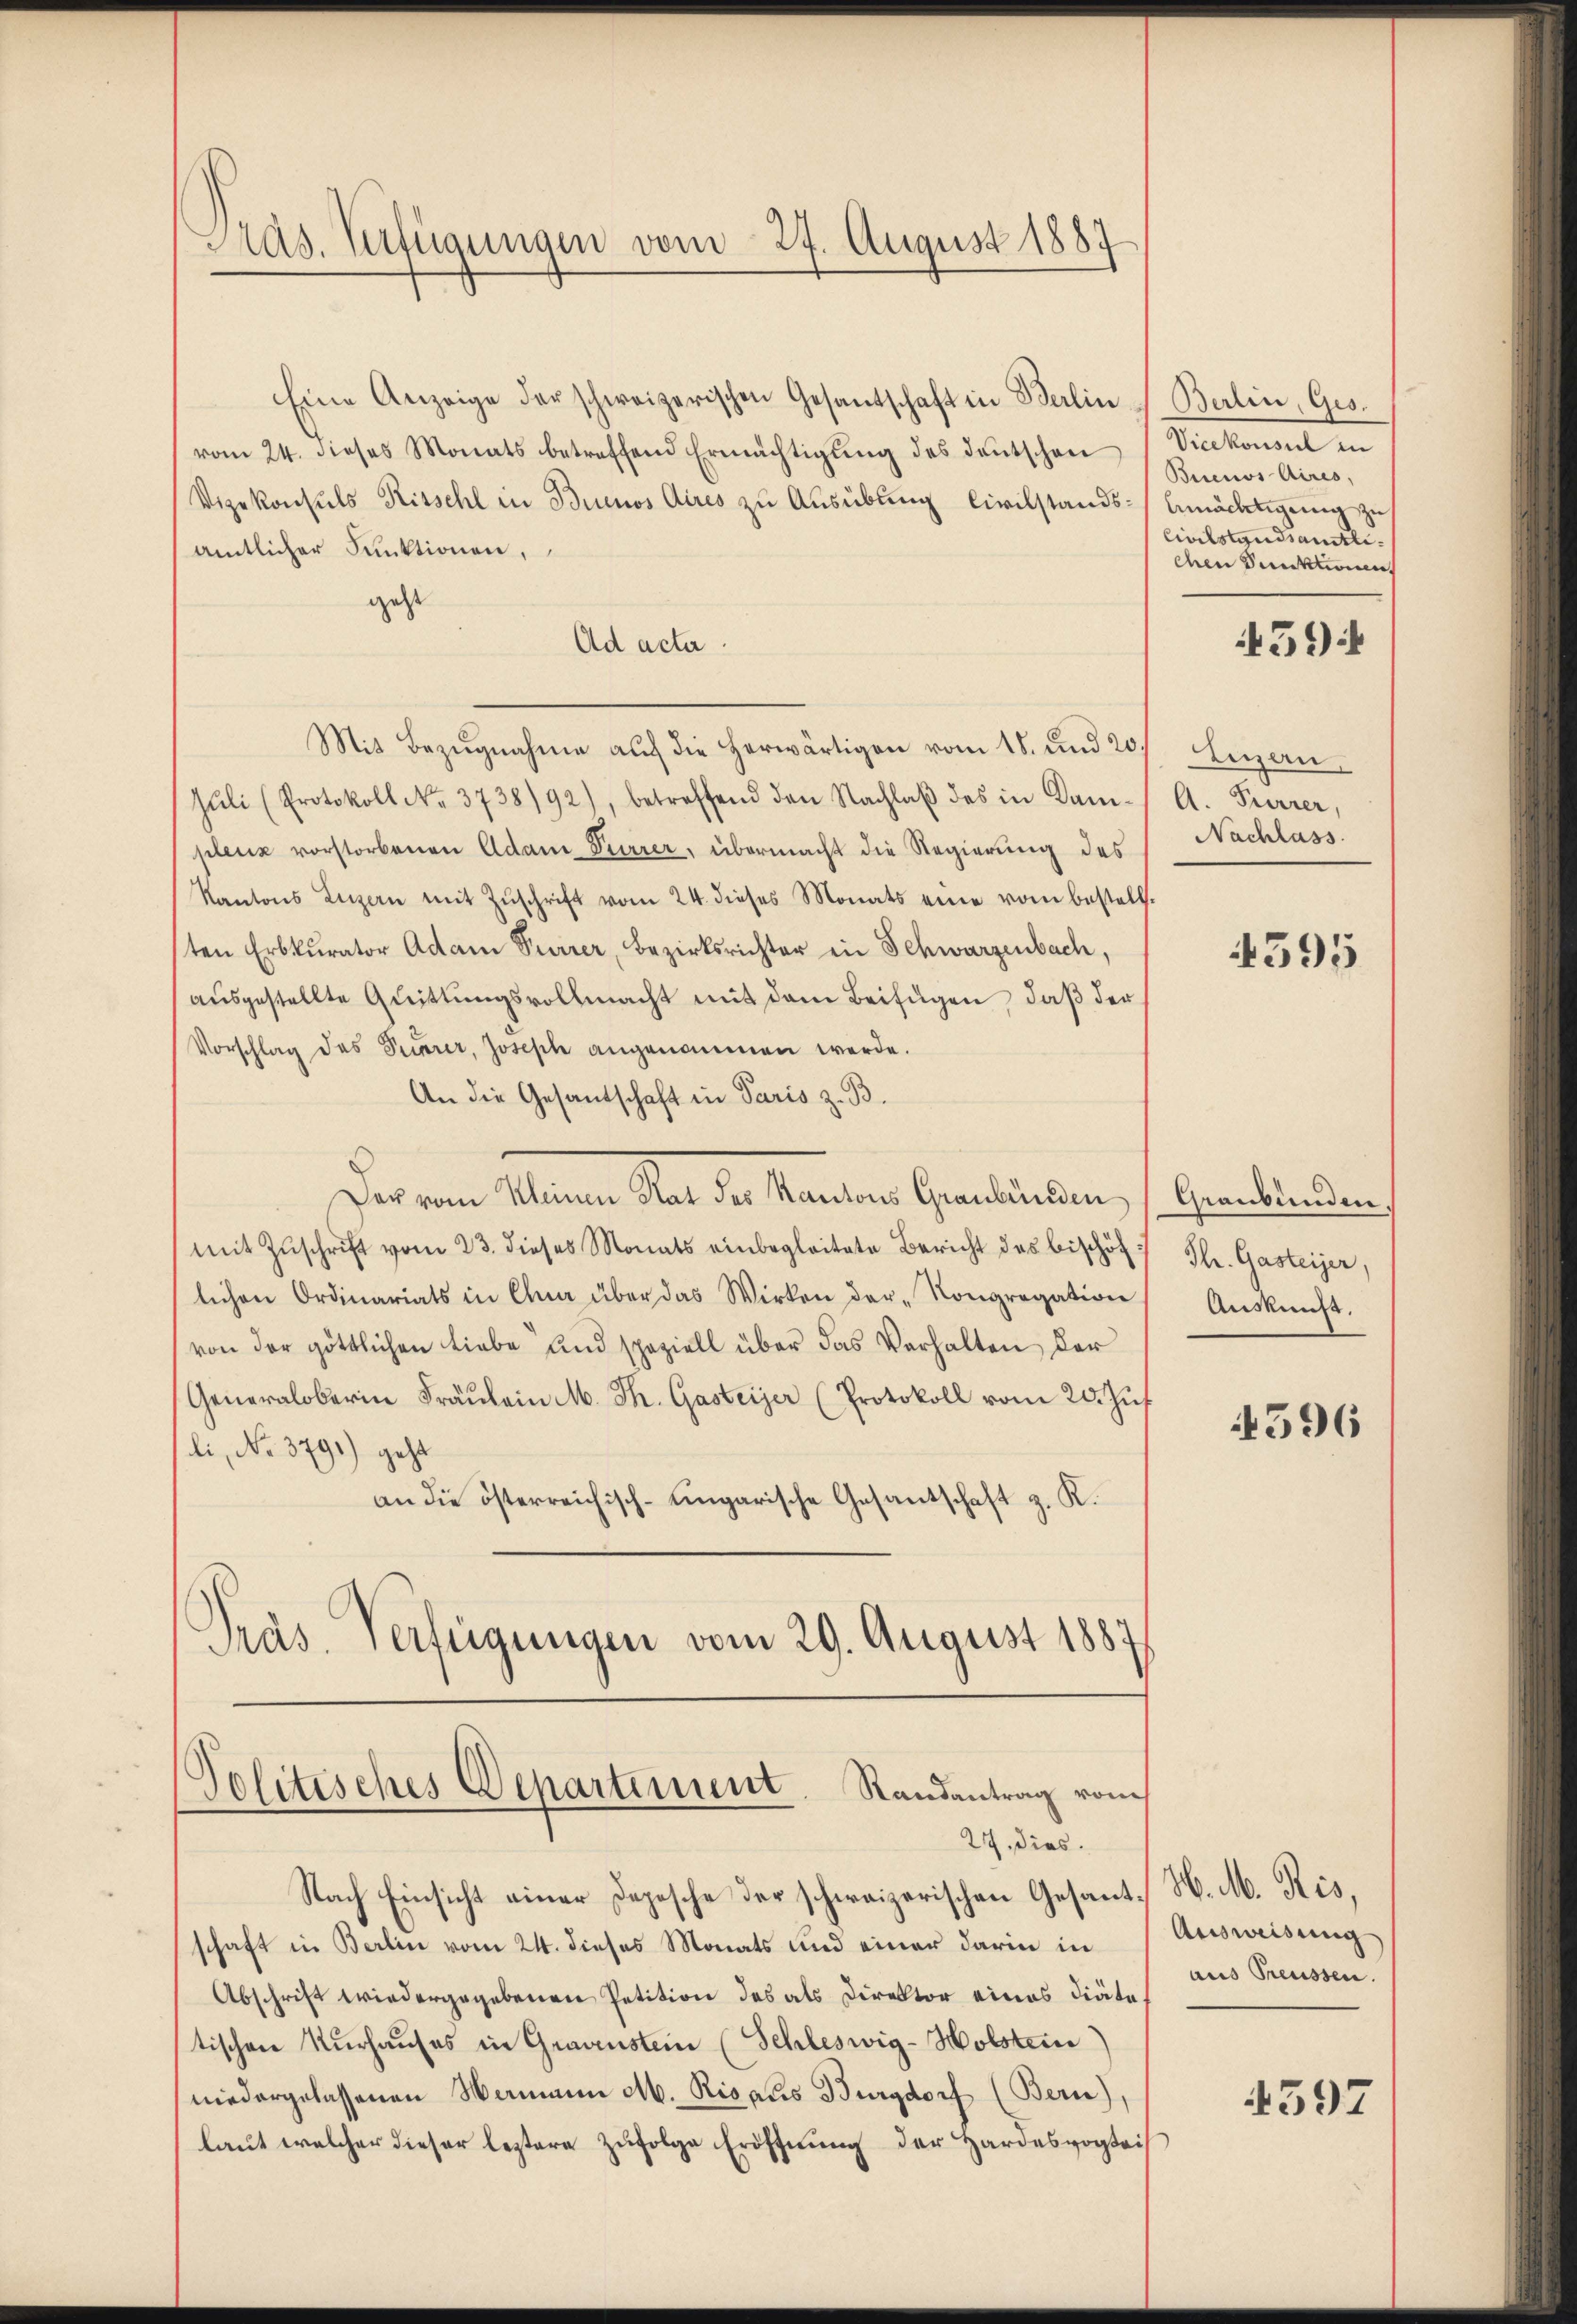
Pras. Verfügungen vom 27. August 1887

Politisches Departement. Randantrag vom
27, dies

Eine Anzeige der schweizerischen Gesandschaft in Balin Berlin, Ges.
vom 24. dieses Monats betreffend Ermächtigŭng des deutschen
Vizekonsuls Rissehl in Buenos Aires zŭ Aŭsübŭng Civilstands bemächtigŭng zu
amtlicher Funktionen,
geht
Ad acta
Mit Bezugnahme auf die herwärtigen vom 18. und 20
Jŭli (Protokoll No. 3738/92), betreffend den Nachlaβ des in Kam-
plenz vorstorbenen Adam Pierrer, übermacht die Regierung des
Kantons Luzern mit Zŭschrift vom 24. dieses Monats eine vom bestell-
sten Erbkurator Adam Furrer, Bezirksrichter in Schwarzenbach,
aŭsgestellte Quittungsvollmacht mit dem Beifügen, daß der
Vorschlag des Semmer, Joseph angenommen werde.
An die Gesandschaft in Paris z. B.
Der von Meinen Stat der Standen Gendanken,
mit Zuschrift vom 23. dieses Monats einbegleitete Bericht des bischöf
lichen Ordinariats in Chur über das Wirken der Kongregation
von der göttlichen Liebe und speziell über das Verhalten der
Generaloberin Fräŭlein M. Th. Gasteiger (Protokoll vom 20. Jŭs.
li, No 3791) geht
an die österreichisch-ungarische Gesantschaft z. K.
Präs. Verfügungen vom 29. August 1887

Nach Einsicht einer Depesche der schweizerischen Gesant H. M. Ris,
schaft in Berlin vom 24. dieses Monats und einer darin in
Abschrift wiedergegebenen Petition des als Direktor eines Diäte.
tischen Nurhauses in Grauenstein (Schleswig-Holstein
niedergelassenen Wamann M. Rigaus Burgdorf (Bern),
laut welcher dieser leztere zufolge Eröffnung der Hardesvogtei¬

Pestament in
Buenos Aires,
Civilstandsamtlichen Punktionen
594

Luzern,
A. Furrer,
Nachlass.

595

Graubünden.
Th. Gasteiger,
Auskunft.

596

Ausweisung
aus Treussen.

4597